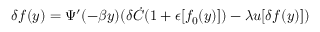
\delta f ( y ) = \Psi ^ { \prime } ( - \beta y ) ( \delta \dot { C } ( 1 + \epsilon [ f _ { 0 } ( y ) ] ) - \lambda u [ \delta f ( y ) ] )